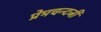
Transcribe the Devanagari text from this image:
प्रेमचन्दजी